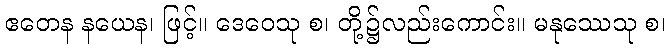
ဧတေန နယေန၊ ဖြင့်။ ဒေဝေသု စ၊ တို့၌လည်းကောင်း။ မနုဿေသု စ၊